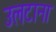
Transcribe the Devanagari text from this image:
उलटाना